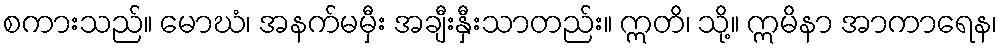
စကားသည်။ မောဃံ၊ အနက်မမှီး အချီးနှီးသာတည်း။ ဣတိ၊ သို့။ ဣမိနာ အာကာရေန၊